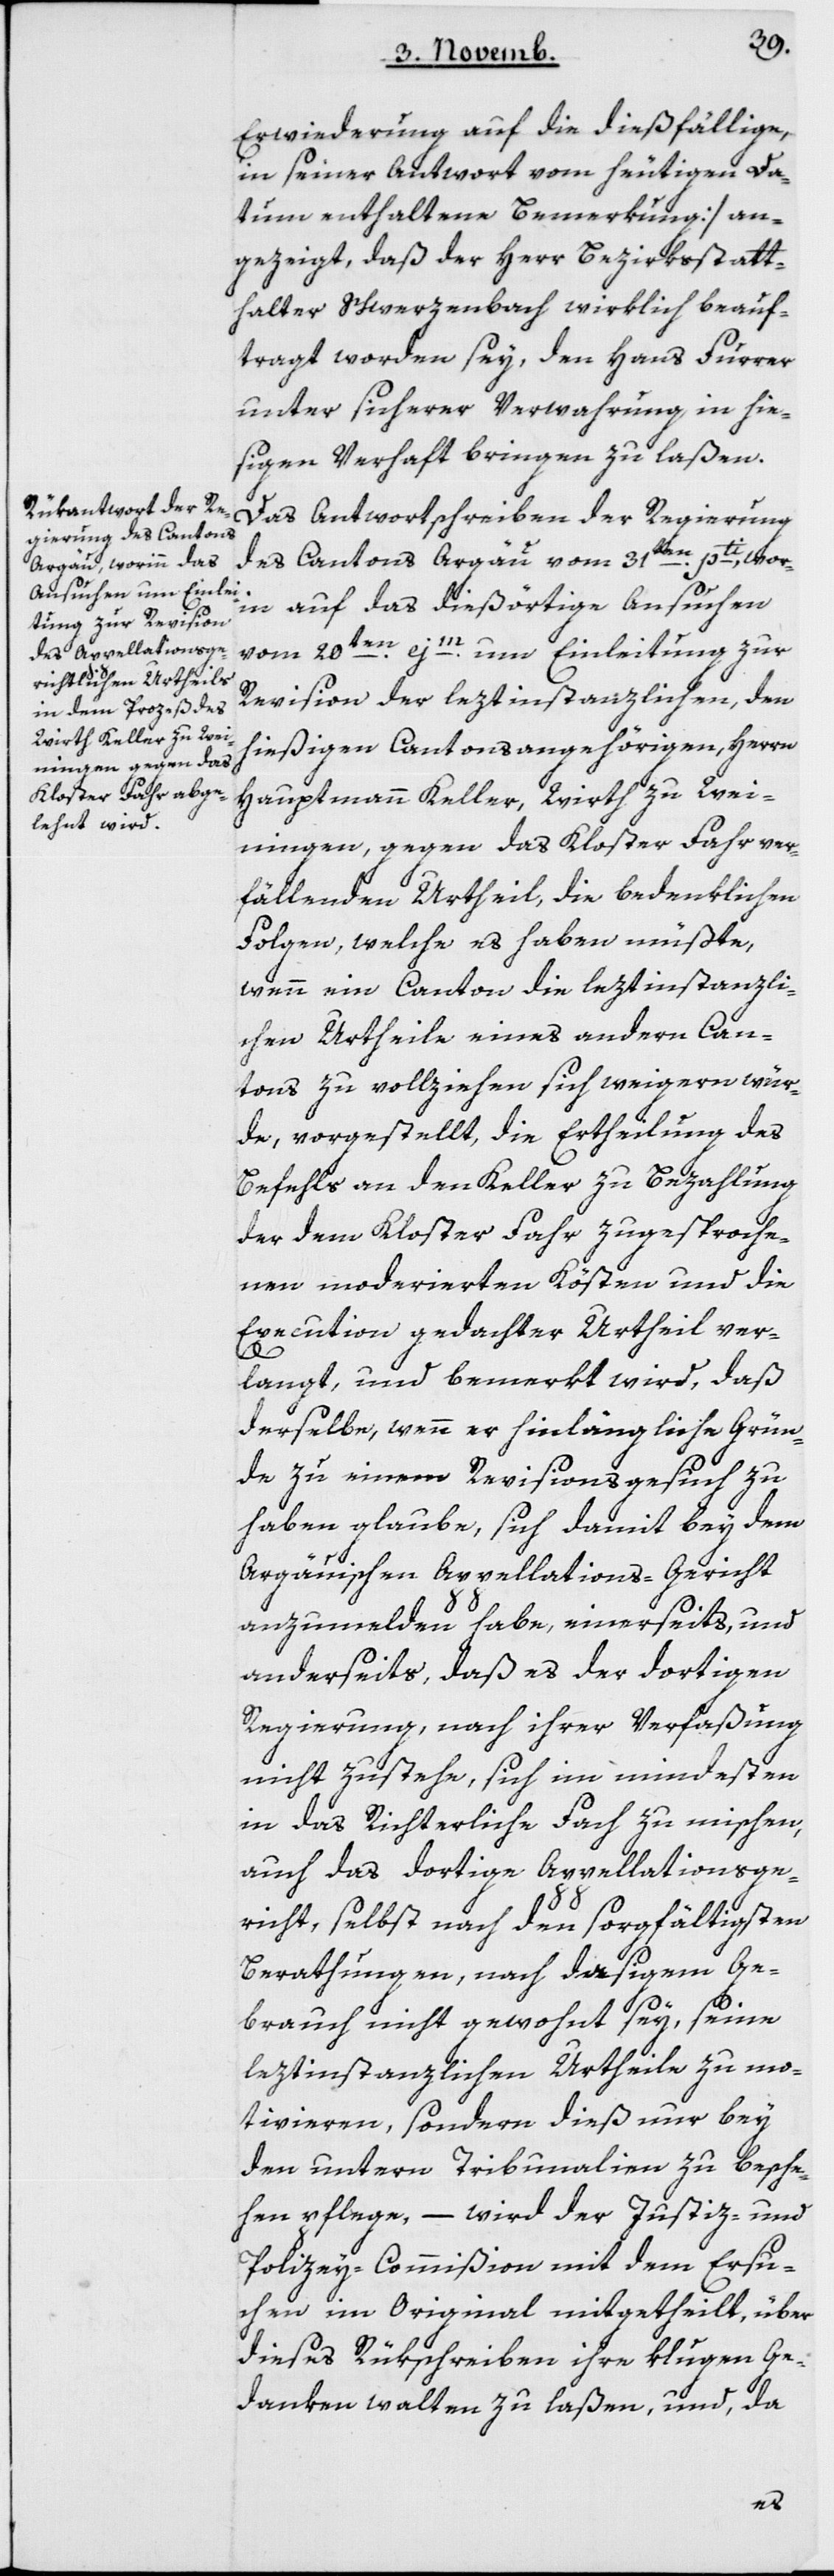
Erwiederung auf die diesfällige,
in seiner Antwort vom heutigen Da¬
tum enthaltene Bemerkung] an¬
gezeigt, daß der Herr Bezirksstatt¬
halter Schwerzenbach wirklich beauf¬
tragt worden sey, den Hans Furrer
unter sicherer Verwahrung in hie¬
ßigen Verhaft bringen zu laßen.
Das Antwortschreiben der Regierung
des Cantons Argau vom 31ten pti, wor¬
inn auf das diesörtige Ansuchen
vom 20ten ejm. um Einleitung zur
Revision der leztinstanzlichen, den
hießigen Kantonsangehörigen, Herrn
Hauptmann Keller, Wirth zu Wein¬
ingen, gegen das Kloster Fahr ver¬
fällenden Urtheil, die bedenklichen
Folgen, welche es haben müßte,
wenn ein Canton die leztinstanzli¬
chen Urtheile eines andern Can¬
tons zu vollziehen sich weigern wür¬
de, vorgestellt, die Ertheilung des
Befehls an den Keller zu Bezahlung
der dem Kloster Fahr zugesproche¬
nen moderierten Kösten und die
Execution gedachter Urtheil ver¬
langt, und bemerkt wird, daß
derselbe, wenn er hinlängliche Grün¬
de zu einem Revisionsgesuch zu
haben glaube, sich damit bey dem
Argäuischen Appellations-Gericht
anzumelden habe, einerseits, und
anderseits, daß es der dortigen
Regierung, nach ihrer Verfaßung
nicht zustehe, sich im mindesten
in das Richterliche Fach zu mischen,
auch das dortige Appellationsge¬
richt, selbst nach den sorgfältigsten
Berathungen, nach dasigem Ge¬
brauch nicht gewohnt sey, seine
leztinstanzlichen Urtheile zu mo¬
tivieren, sondern dieß nur bey
den untern Tribunalien zu besche¬
hen pflege, – wird der Justiz- und
Polizey-Commißion mit dem Ersu¬
chen im Original mitgetheilt, über
dieses Rükschreiben ihre klugen Ge¬
danken walten zu laßen, und da